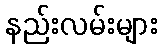
နည်းလမ်းများ